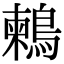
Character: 鶫